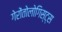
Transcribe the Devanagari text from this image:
गेरोंतोलोगिस्ट्स